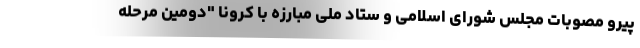
پیرو مصوبات مجلس شورای اسلامی و ستاد ملی مبارزه با کرونا "دومین مرحله